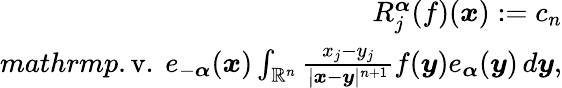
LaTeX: \begin{array}{r}{R_{j}^{\boldsymbol{\alpha}}(f)(\boldsymbol{x}):=c_{n}}\\ {mathrm{p}.\mathrm{v}.\ e_{-\boldsymbol{\alpha}}(\boldsymbol{x})\int_{\mathbb{R}^{n}}\frac{x_{j}-y_{j}}{|\boldsymbol{x}-\boldsymbol{y}|^{n+1}}f(\boldsymbol{y})e_{\boldsymbol{\alpha}}(\boldsymbol{y})\, d\boldsymbol{y},}\end{array}